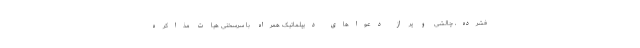
فشرده، چالشی و پر از دعواهای دیپلماتیک همراه با سرسختی هیات مذاکره